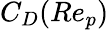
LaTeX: C_{D}(Re_{p})